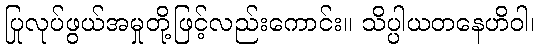
ပြုလုပ်ဖွယ်အမှုတို့ဖြင့်လည်းကောင်း။ သိပ္ပါယတနေဟိဝါ၊